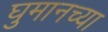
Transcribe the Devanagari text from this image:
घुमानच्या